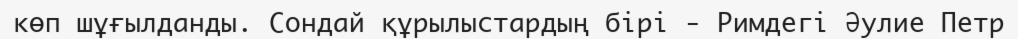
көп шұғылданды. Сондай құрылыстардың бірі - Римдегі Әулие Петр